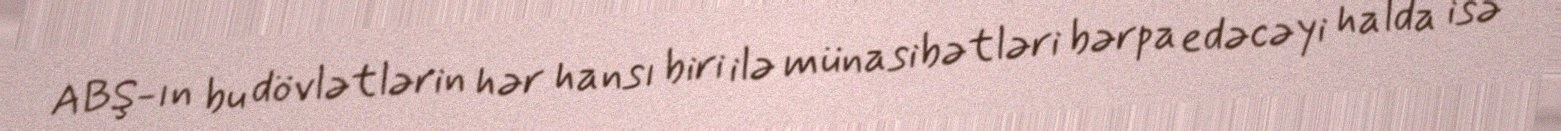
ABŞ-ın bu dövlətlərin hər hansı biri ilə münasibətləri bərpa edəcəyi halda isə